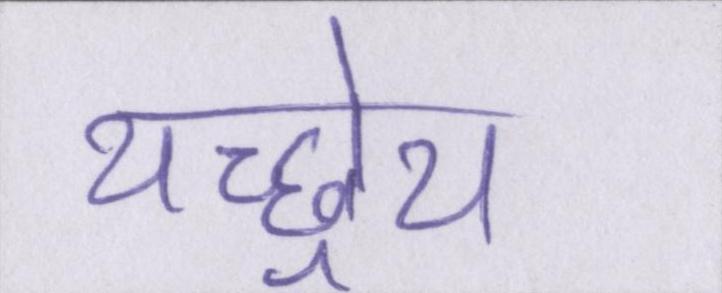
यच्छ्रेय